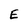
Character: E